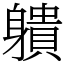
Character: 䠿